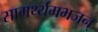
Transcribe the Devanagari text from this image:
सामर्थ्यमभजन्